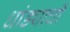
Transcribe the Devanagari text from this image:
धांड्याची